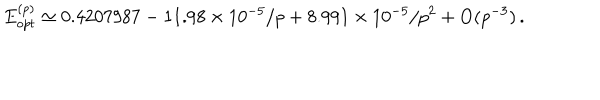
E _ { o p t } ^ { ( p ) } \simeq 0 . 4 2 0 7 9 8 7 - 1 1 . 9 8 \times 1 0 ^ { - 5 } / p + 8 . 9 9 1 \times 1 0 ^ { - 5 } / p ^ { 2 } + \mathrm { O } ( p ^ { - 3 } ) \, .